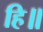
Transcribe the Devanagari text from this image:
हि॥